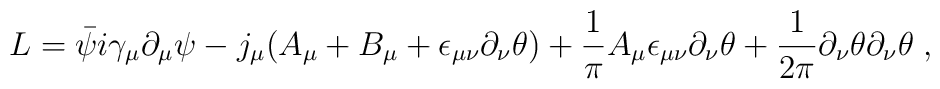
L= \bar{\psi}   i \gamma_{\mu} \partial_{\mu} \psi -j_{\mu}( A_{\mu} + B_{\mu}     +\epsilon_{\mu \nu} \partial_{\nu}\theta)     +\frac{1}{\pi}A_{\mu}\epsilon_{\mu \nu} \partial_{\nu}\theta     +\frac{1}{2  \pi} \partial_{\nu}\theta \partial_{\nu}\theta     \; ,